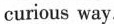
curious way.